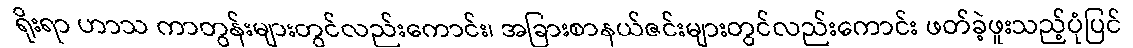
ရိုးရာ ဟာသ ကာတွန်းများတွင်လည်းကောင်း၊ အခြားစာနယ်ဇင်းများတွင်လည်းကောင်း ဖတ်ခဲ့ဖူးသည့်ပုံပြင်